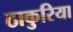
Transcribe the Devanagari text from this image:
ठाकुरिया